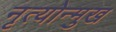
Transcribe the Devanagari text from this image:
नृत्योन्मुख